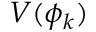
V ( \phi _ { k } )